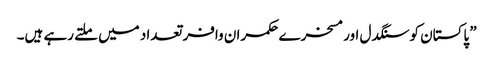
” پاکستان کو سنگدل اور مسخرے حکمران وافر تعداد میں ملتے رہے ہیں۔